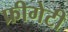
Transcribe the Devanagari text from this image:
फ्रीगेटी